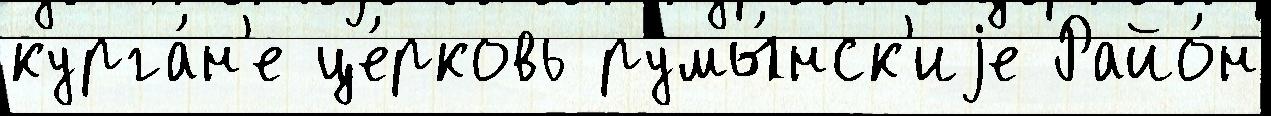
курга́н'е це́рковь румы́нск'иjе Райо́н